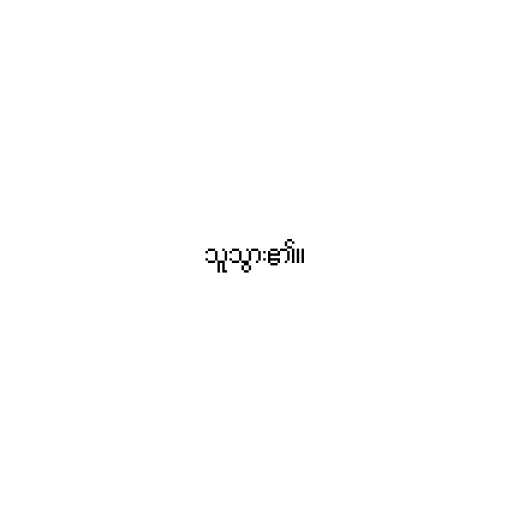
သူသွား၏။